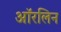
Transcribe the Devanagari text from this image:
ऑरलिन